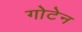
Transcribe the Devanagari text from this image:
गोटेन